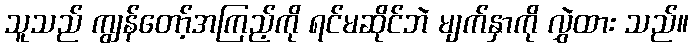
သူသည် ကျွန်တော့်အကြည့်ကို ရင်မဆိုင်ဘဲ မျက်နှာကို လွှဲထား သည်။